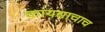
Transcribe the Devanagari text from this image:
कायद्याचाच